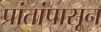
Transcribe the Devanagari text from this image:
प्रांतांपासून